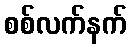
စစ်လက်နက်